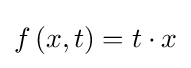
f\left(x,t\right)=t\cdot x